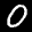
Label: 0